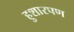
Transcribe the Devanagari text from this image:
हुशारपण